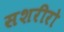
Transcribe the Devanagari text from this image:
सशरीरो